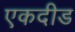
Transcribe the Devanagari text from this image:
एकदीड